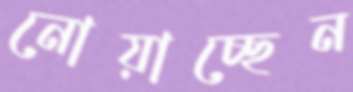
নোয়াচ্ছেন